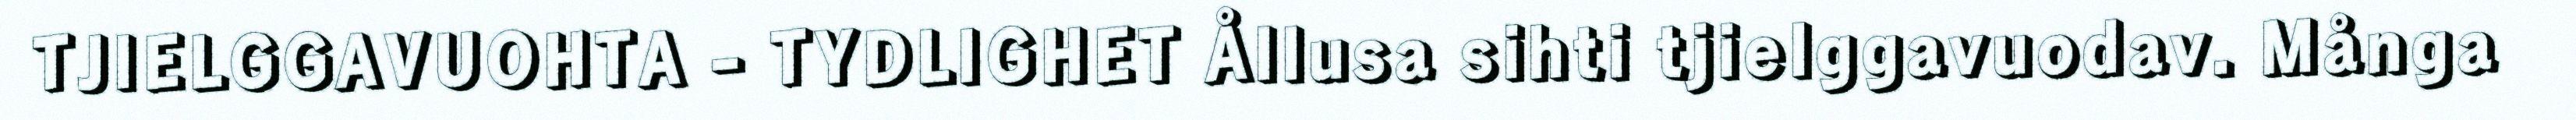
TJIELGGAVUOHTA - TYDLIGHET Ållusa sihti tjielggavuodav. Många